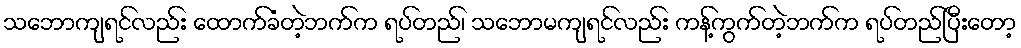
သဘောကျရင်လည်း ထောက်ခံတဲ့ဘက်က ရပ်တည်၊ သဘောမကျရင်လည်း ကန့်ကွက်တဲ့ဘက်က ရပ်တည်ပြီးတော့